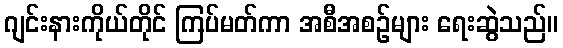
ဂျင်းနားကိုယ်တိုင် ကြပ်မတ်ကာ အစီအစဉ်များ ရေးဆွဲသည်။